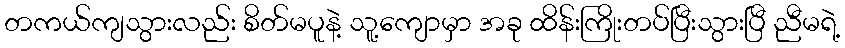
တကယ်ကျသွားလည်း စိတ်မပူနဲ့ သူ့ကျောမှာ အခု ထိန်းကြိုးတပ်ပြီးသွားပြီ ညီမရဲ့